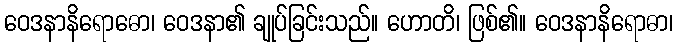
ဝေဒနာနိရောဓော၊ ဝေဒနာ၏ ချုပ်ခြင်းသည်။ ဟောတိ၊ ဖြစ်၏။ ဝေဒနာနိရောဓာ၊